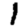
Digit: 1